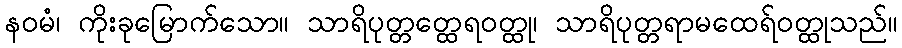
နဝမံ၊ ကိုးခုမြောက်သော။ သာရိပုတ္တတ္ထေရဝတ္ထု၊ သာရိပုတ္တရာမထေရ်ဝတ္ထုသည်။